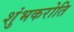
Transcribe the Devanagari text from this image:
शुंभकरोति